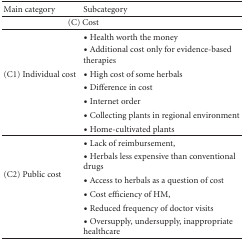
| Main category | Subcategory |
 | --- | --- |
 | <COLSPAN=2> (C) Cost |
 | <ROWSPAN=7> (C1) Individual cost | ∙ Health worth the money |
 | ∙ Additional cost only for evidence-based therapies |
 | ∙ High cost of some herbals |
 | ∙ Difference in cost |
 | ∙ Internet order |
 | ∙ Collecting plants in regional environment |
 | ∙ Home-cultivated plants |
 | <ROWSPAN=6> (C2) Public cost | ∙ Lack of reimbursement, |
 | ∙ Herbals less expensive than conventional drugs |
 | ∙ Access to herbals as a question of cost |
 | ∙ Cost efficiency of HM, |
 | ∙ Reduced frequency of doctor visits |
 | ∙ Oversupply, undersupply, inappropriate healthcare |